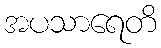
အပသာရေတိ